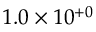
1 . 0 \times 1 0 ^ { + 0 }